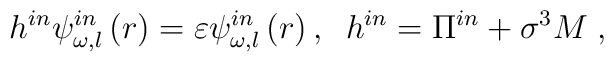
h^{in}\psi _{\omega ,l}^{in}\left( r\right) =\varepsilon \psi _{\omega,l}^{in}\left( r\right) ,\;\;h^{in}=\Pi ^{in}+\sigma ^{3}M\;,